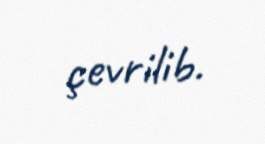
çevrilib.